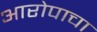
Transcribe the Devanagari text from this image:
आरोपाचा